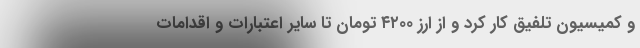
و کمیسیون تلفیق کار کرد و از ارز ۴۲۰۰ تومان تا سایر اعتبارات و اقدامات